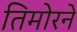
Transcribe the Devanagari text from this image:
तिमोरने